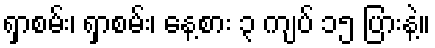
ရှာစမ်း၊ ရှာစမ်း၊ နေ့စား ၃ ကျပ် ၁၅ ပြားနဲ့။